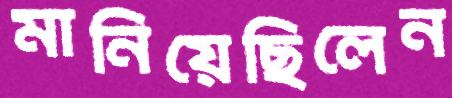
মানিয়েছিলেন